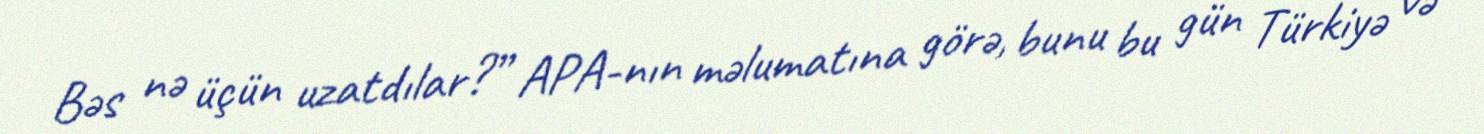
Bəs nə üçün uzatdılar?” APA-nın məlumatına görə, bunu bu gün Türkiyə və